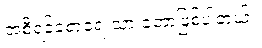
အစီရင်ခံစာရေးသားခဲ့တာဖြစ်ပါတယ်။